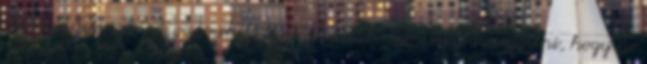
valószínűség szerint vadméhek tartózkodtak. Nem tudta megállni, hogy ne